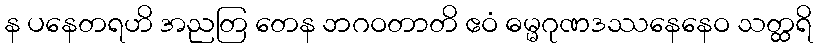
န ပနေတရဟိ အညတြ တေန ဘဂဝတာတိ ဧဝံ ဓမ္မဂုဏဒဿနေနေဝ သတ္ထရိ